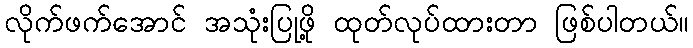
လိုက်ဖက်အောင် အသုံးပြုဖို့ ထုတ်လုပ်ထားတာ ဖြစ်ပါတယ်။